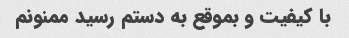
با کیفیت و بموقع به دستم رسید ممنونم